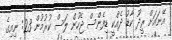
އޭނައަށް ރީދޫ ކާޑު ދެއްކީ ޑިފެންސް ޖެހުން ލަސް ކުރުމުން 23: ނިއިގެ